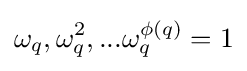
\omega _{q},\omega _{q}^{2},...\omega _{q}^{\phi (q)}=1